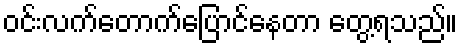
ဝင်းလက်တောက်ပြောင်နေတာ တွေ့ရသည်။